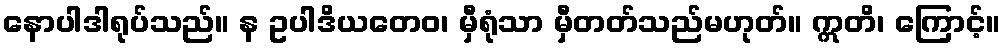
နောပါဒါရုပ်သည်။ န ဥပါဒိယတေဝ၊ မှီရုံသာ မှီတတ်သည်မဟုတ်။ ဣတိ၊ ကြောင့်။